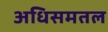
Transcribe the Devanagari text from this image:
अधिसमतल